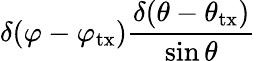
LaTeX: {\delta(\varphi-{\varphi_{\mathrm{tx}}})}\frac{{\delta(\theta-{\theta_{\mathrm{tx}}})}}{{\sin\theta}}